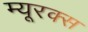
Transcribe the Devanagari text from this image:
म्यूरक्स